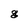
Character: g